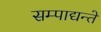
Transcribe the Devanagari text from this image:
सम्पाद्यन्ते